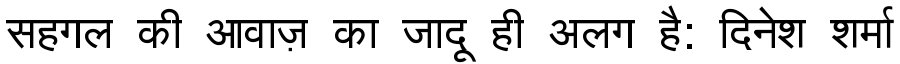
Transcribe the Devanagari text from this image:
सहगल की आवाज़ का जादू ही अलग है: दिनेश शर्मा